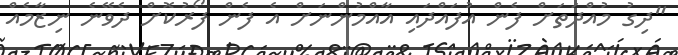
"ދިގު މުއްދަތަށް ފެން އުފައްދައި އާއްމުންނަށް އެ ފެން ފޯރުކޮށް ދެވޭނެ ނިޒާމެއް